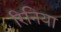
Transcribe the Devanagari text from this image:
रिनिया